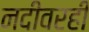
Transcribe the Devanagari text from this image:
नदीवरही